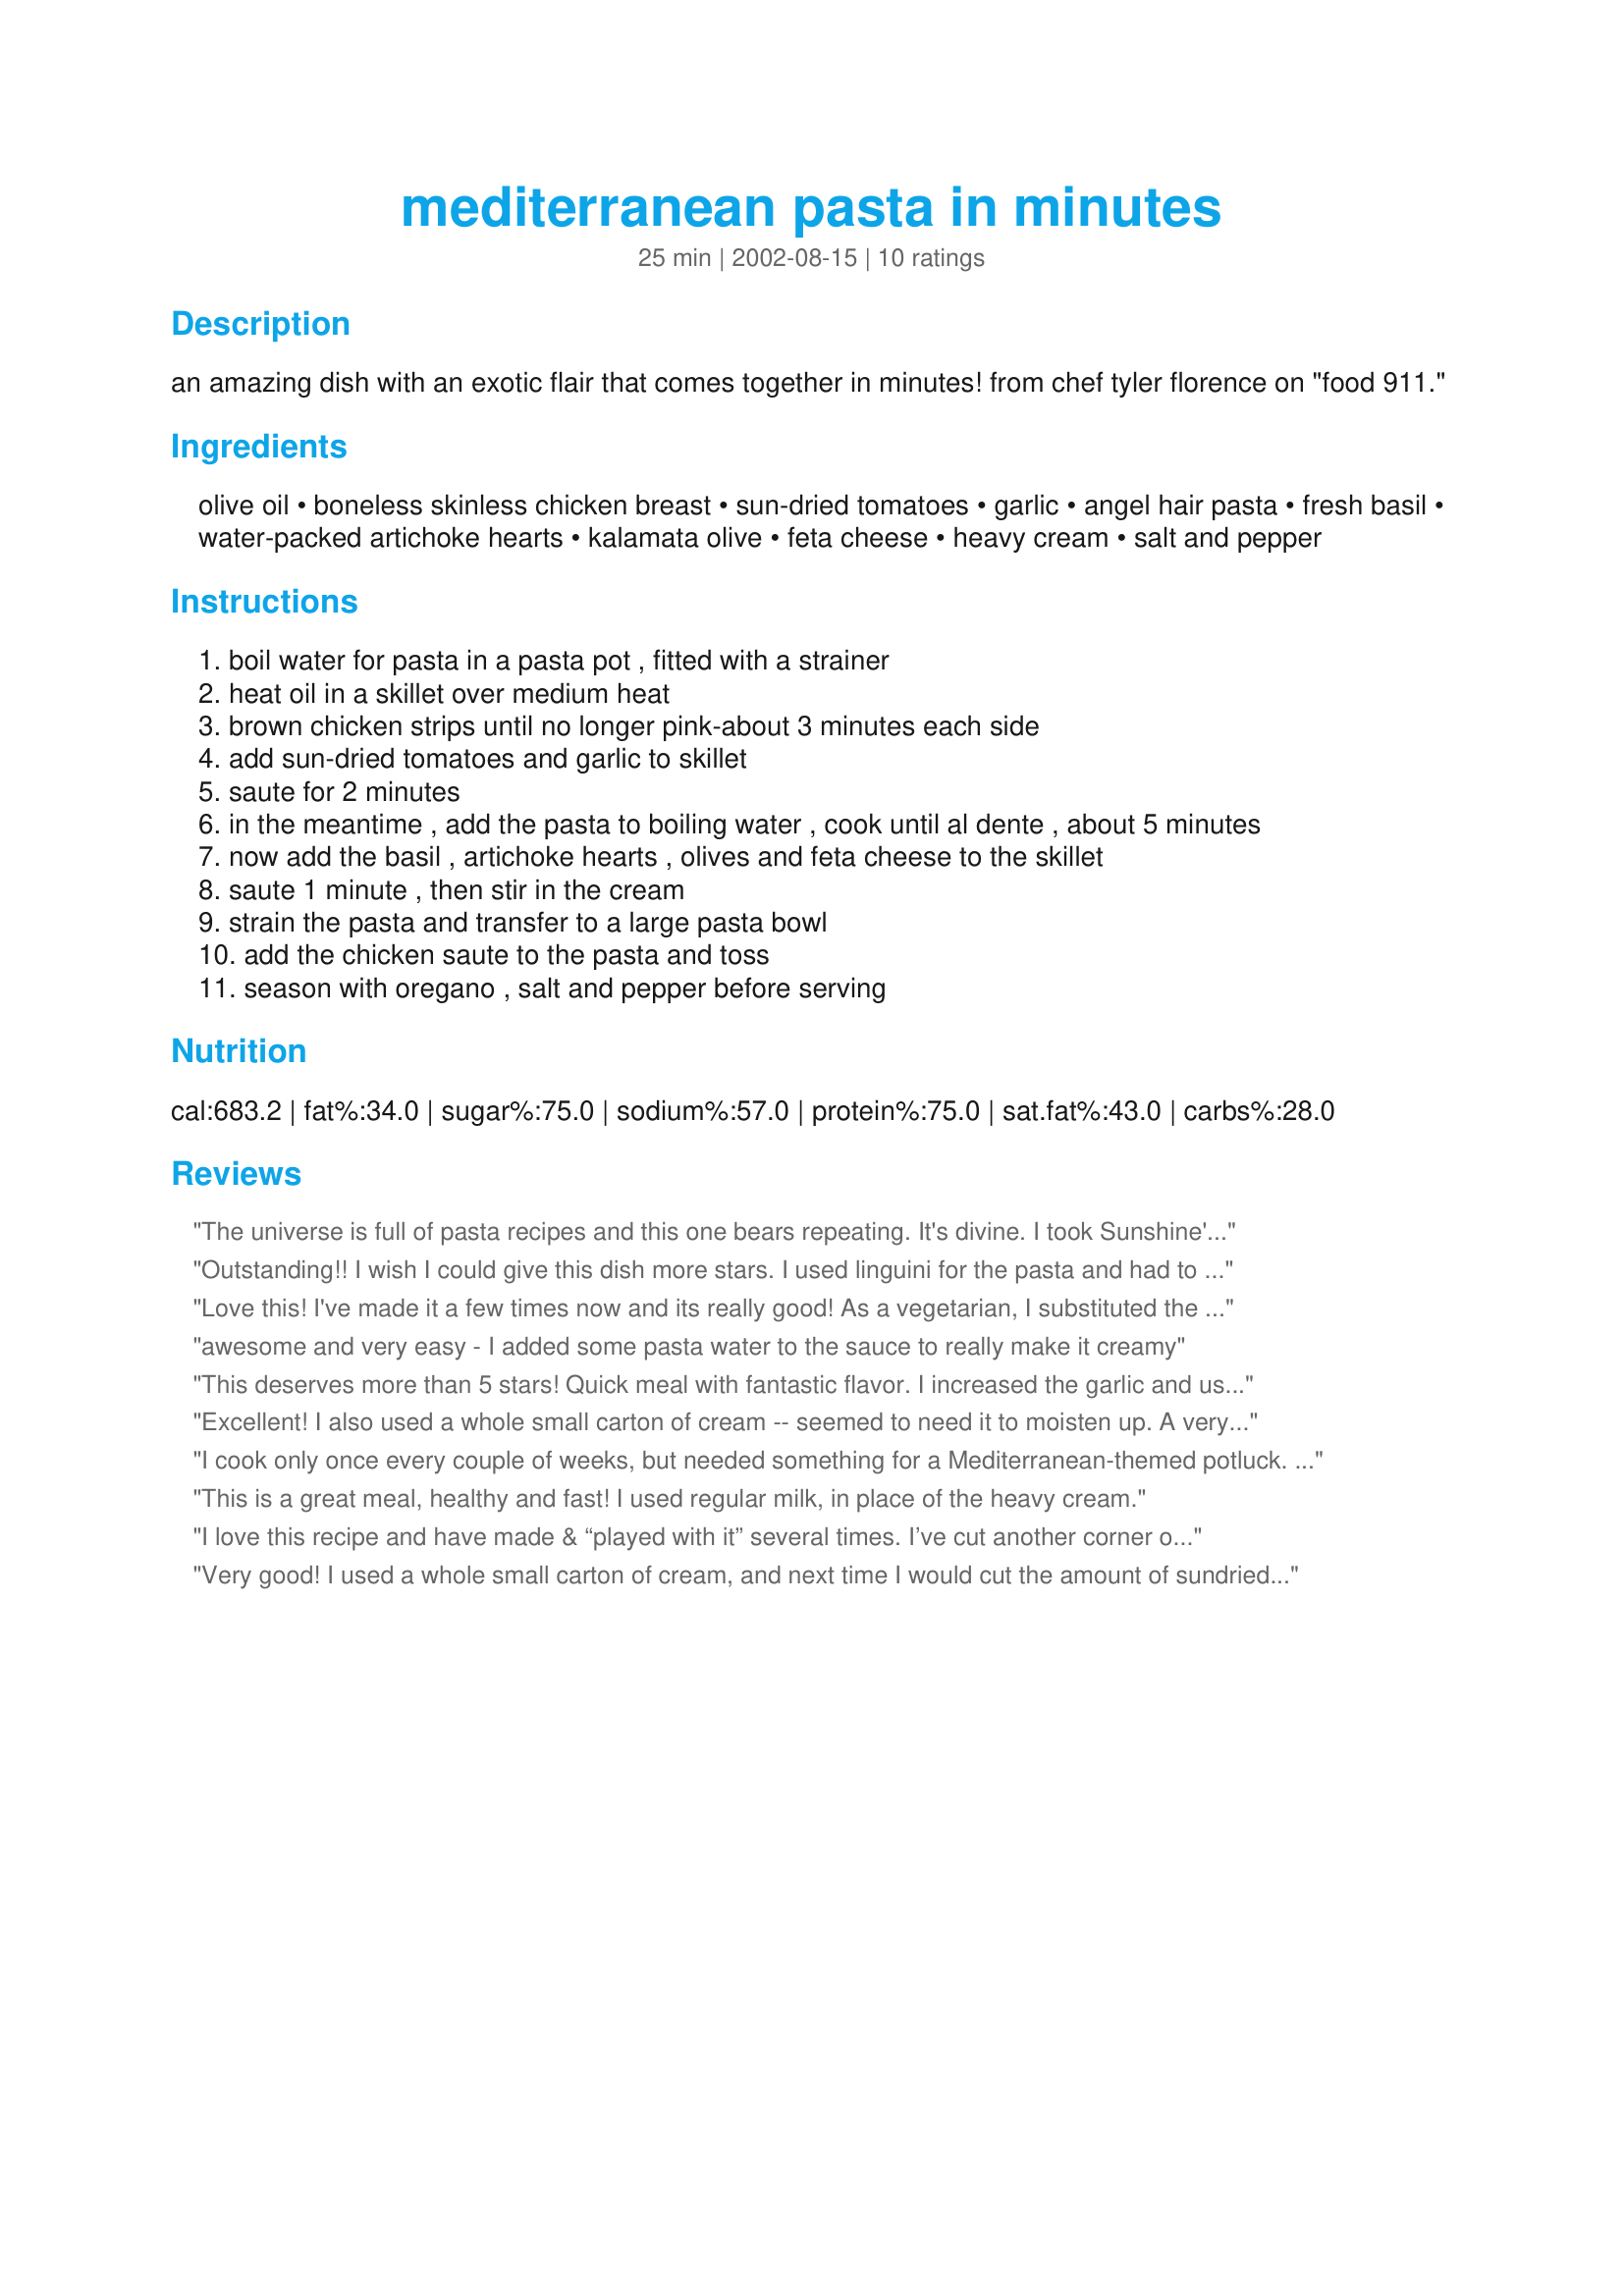
mediterranean pasta in minutes
Preparation time: 25 minutes

an amazing dish with an exotic flair that comes together in minutes! from chef tyler florence on "food 911."

Ingredients:
olive oil, boneless skinless chicken breast, sun-dried tomatoes, garlic, angel hair pasta, fresh basil, water-packed artichoke hearts, kalamata olive, feta cheese, heavy cream, salt and pepper

Steps:
boil water for pasta in a pasta pot , fitted with a strainer
heat oil in a skillet over medium heat
brown chicken strips until no longer pink-about 3 minutes each side
add sun-dried tomatoes and garlic to skillet
saute for 2 minutes
in the meantime , add the pasta to boiling water , cook until al dente , about 5 minutes
now add the basil , artichoke hearts , olives and feta cheese to the skillet
saute 1 minute , then stir in the cream
strain the pasta and transfer to a large pasta bowl
add the chicken saute to the pasta and toss
season with oregano , salt and pepper before serving

Reviews:
The universe is full of pasta recipes and this one bears repeating. It's divine. I took Sunshine's suggestion and used spiral whole wheat pasta. I slao used milk rather than cream and it was still deliciously rich.
Outstanding!! I wish I could give this dish more stars. I used linguini for the pasta and had to substitute 2 tsps. dried basil for the fresh, otherwise no changes to the recipe. Thanks for a great recipe, Mark, I will be making this one frequently!
Love this! I've made it a few times now and its really good! As a vegetarian, I substituted the chicken with Morning Star Farms chik strips. The only other adjustments I made were to use fat free half & half instead of cream and I used at least a cup of it, as I wanted it to have more of a sauce to it. This is so tasty and so simple. I highly recommend this one!
awesome and very easy - I added some pasta water to the sauce to really make it creamy
This deserves more than 5 stars! Quick meal with fantastic flavor. I increased the garlic and used penne pasta. I think I will make it without chicken next time. So gooood!
Excellent! I also used a whole small carton of cream -- seemed to need it to moisten up. A very nice, EASY dish! Thanks!
I cook only once every couple of weeks, but needed something for a Mediterranean-themed potluck. Being such an amateur cook, I was a little concerned about how this dish would turn out. This was one of the tastiest, and surprisingly easiest dishes I have ever made. I followed the recipe exactly, except like Sunshine, I used pre-grilled chicken breast strips. And I took Sunshine's recommendation of marinating the breast strips in the oil from the sun-dried tomatoes. This pasta dish is so delicious, and I will be making it again in a few days for another pot luck.
This is a great meal, healthy and fast! I used regular milk, in place of the heavy cream.
I love this recipe and have made & “played with it” several times. I’ve cut another corner on the clock by using pre grilled chicken breast strips from Costco. I slice & marinate them in oil from the sun dried tomatoes followed by a quick sauté without the additional olive oil. I’ve also added cooked shrimp at times. Another optional addition would be yellow, orange or red peppers for color. If you can find the mini mixed color packs, they’re really handy. 
If you’re near a Trader Joe, you can find most everything for the recipe: frozen artichoke hearts (which I prefer over canned) imported pasta, sun dried tomatoes, kalamata olives and feta.
The recipe holds up better with a more substantial pasta shape,
as I’m sure Tyler used angel hair to beat the clock. You can add more cream (or half & half) if you like more sauce. Nevertheless, it’s terrific quick company fare with superb colors and taste. Thank you for posting it, Yoop, as it’s an Over the Top keeper!!

Very good!
I used a whole small carton of cream, and next time I would cut the amount of sundried tomatoes in half. I also cut up the artichokes a bit more.
